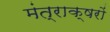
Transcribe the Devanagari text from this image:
मंत्राक्षरों